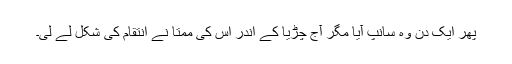
پھر ایک دن وہ سانپ آیا مگر آج چڑیا کے اندر اس کی ممتا نے انتقام کی شکل لے لی۔